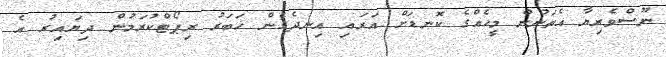
ނޫސްވެރިޔާ އެތަނުން މީހެއްގެ ކޮނޑަށް އަރައި އިނދެގެން ޚަބަރު ރިޕޯޓްކުރަމުން ދިޔައިރު އެ